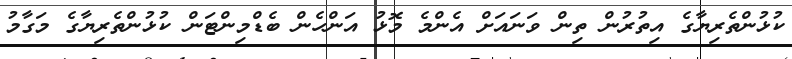
ކުޅުންތެރިޔާގެ އިތުރުން ތިން ވަނައަށް އެންމެ މޮޅު އަންހެން ބެޑްމިންޓަން ކުޅުންތެރިޔާގެ މަގާމު